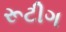
રૂટીગ